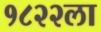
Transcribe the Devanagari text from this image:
१८२२ला